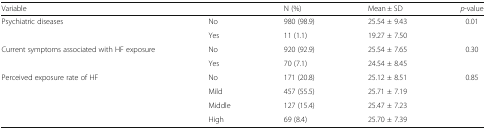
| Variable |  | N (%) | Mean ± SD | p-value |
 | --- | --- | --- | --- | --- |
 | <ROWSPAN=2> Psychiatric diseases | No | 980 (98.9) | 25.54 ± 9.43 | 0.01 |
 | Yes | 11 (1.1) | 19.27 ± 7.50 |  |
 | <ROWSPAN=2> Current symptoms associated with HF exposure | No | 920 (92.9) | 25.54 ± 7.65 | 0.30 |
 | Yes | 70 (7.1) | 24.54 ± 8.45 |  |
 | <ROWSPAN=4> Perceived exposure rate of HF | No | 171 (20.8) | 25.12 ± 8.51 | 0.85 |
 | Mild | 457 (55.5) | 25.71 ± 7.19 |  |
 | Middle | 127 (15.4) | 25.47 ± 7.23 |  |
 | High | 69 (8.4) | 25.70 ± 7.39 |  |